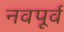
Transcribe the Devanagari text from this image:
नवपूर्व